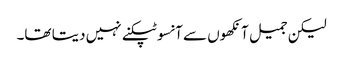
لیکن جمیل آنکھوں سے آنسو ٹپکنے نہیں دیتا تھا۔